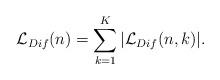
LaTeX: \begin{align*}\mathcal{L}_{Dif}(n)=\sum_{k=1}^K |\mathcal{L}_{Dif}(n,k) |.\end{align*}